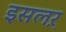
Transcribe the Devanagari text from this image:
इसलऱ़